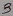
Text: 3